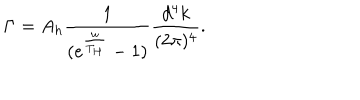
LaTeX: \Gamma = A _ { h } \frac { 1 } { ( e ^ { \frac { \omega } { T _ { H } } } - 1 ) } \frac { d ^ { 4 } k } { ( 2 \pi ) ^ { 4 } } .